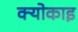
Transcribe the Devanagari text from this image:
क्योकाइ